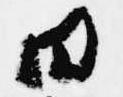
日